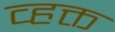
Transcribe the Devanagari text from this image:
व्हक्त